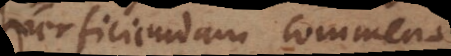
perficiendam commendare